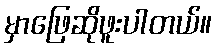
မှာဖြေဆိုဖူးပါတယ်။